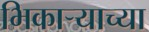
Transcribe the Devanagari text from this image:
भिकार्‍याच्या